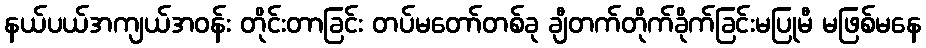
နယ်ပယ်အကျယ်အဝန်း တိုင်းတာခြင်း တပ်မတော်တစ်ခု ချီတက်တိုက်ခိုက်ခြင်းမပြုမီ မဖြစ်မနေ